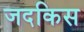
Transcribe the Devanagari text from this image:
जदकिस